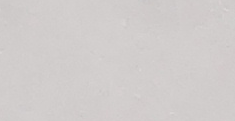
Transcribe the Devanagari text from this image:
मधुसूदन